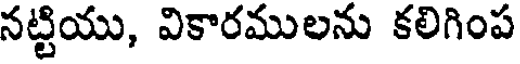
నట్టియు, వికారములను కలిగింప